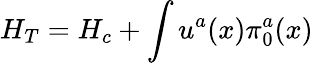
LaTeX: H_{T}=H_{c}+\int u^{a}(x)\pi_{0}^{a}(x)